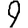
Digit: 9